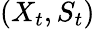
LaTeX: (X_{t},S_{t})